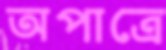
অপাত্রে